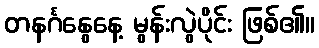
တနင်္ဂနွေနေ့ မွန်းလွဲပိုင်း ဖြစ်၏။